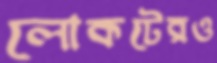
লোকটেরও